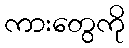
ကားတွေကို